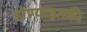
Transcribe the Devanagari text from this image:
होण्याइतकी